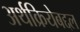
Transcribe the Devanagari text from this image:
अर्थक्रियेबद्दल